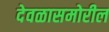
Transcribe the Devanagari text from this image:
देवळासमोरील